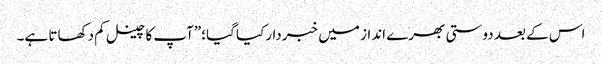
اس کے بعد دوستی بھرے انداز میں خبردارکیا گیا؛”آپ کا چینل کم دکھاتا ہے۔